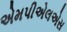
એમપીએલએસ